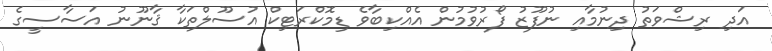
އަދި ރިޝްވަތު ދިނުމާއި ނުފޫޒު ފޯރުވުމުން އެއްކިބާވެ ޑިމޮކްރަޓިކް އުސޫލްތަކާ ޤާނޫނު އަސާސީގެ